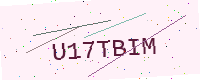
Text: U17TBIM